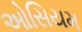
ઓસિયમ